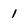
Character: 1